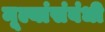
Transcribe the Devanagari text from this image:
मूल्यांसंबंधी